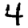
Digit: 4